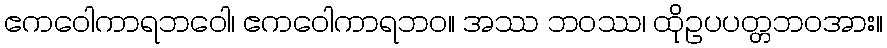
ဧကဝေါကာရဘဝေါ၊ ဧကဝေါကာရဘဝ။ အဿ ဘဝဿ၊ ထိုဥပပတ္တဘဝအား။